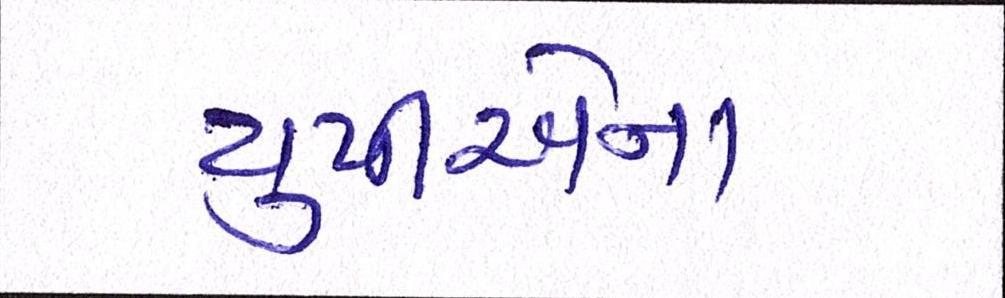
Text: યુપીએના